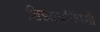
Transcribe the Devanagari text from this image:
डिझायनिंगशी